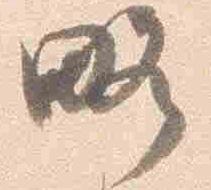
略